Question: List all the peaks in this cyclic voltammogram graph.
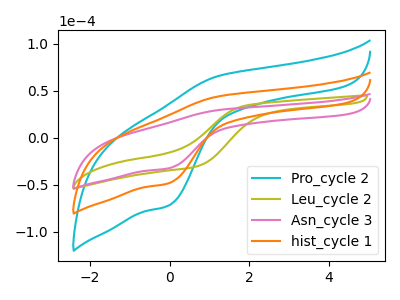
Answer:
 <answer>The cyan curve "Pro_cycle 2" has an anodic peak at (1.25V, 88.45uA) and a cathodic peak at (0.00V, -96.50uA). The olive curve "Leu_cycle 2" has no peaks. The pink curve "Asn_cycle 3" has an anodic peak at (1.25V, 29.65uA) and a cathodic peak at (0.00V, -32.35uA). The orange curve "hist_cycle 1" has an anodic peak at (1.25V, 44.20uA) and a cathodic peak at (0.00V, -48.25uA).</answer>
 <eval></eval>